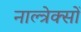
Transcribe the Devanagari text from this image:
नाल्त्रेक्सों